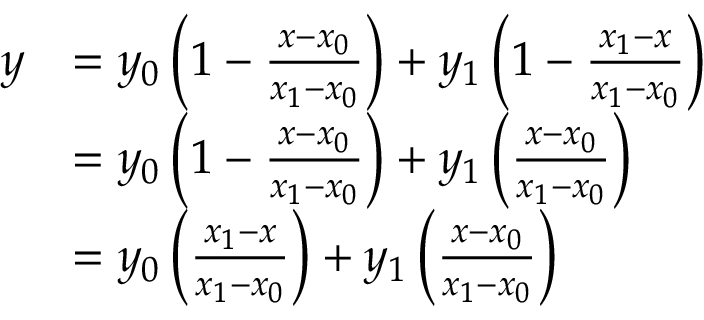
{ \begin{array} { r l } { y } & { = y _ { 0 } \left( 1 - { \frac { x - x _ { 0 } } { x _ { 1 } - x _ { 0 } } } \right) + y _ { 1 } \left( 1 - { \frac { x _ { 1 } - x } { x _ { 1 } - x _ { 0 } } } \right) } \\ & { = y _ { 0 } \left( 1 - { \frac { x - x _ { 0 } } { x _ { 1 } - x _ { 0 } } } \right) + y _ { 1 } \left( { \frac { x - x _ { 0 } } { x _ { 1 } - x _ { 0 } } } \right) } \\ & { = y _ { 0 } \left( { \frac { x _ { 1 } - x } { x _ { 1 } - x _ { 0 } } } \right) + y _ { 1 } \left( { \frac { x - x _ { 0 } } { x _ { 1 } - x _ { 0 } } } \right) } \end{array} }